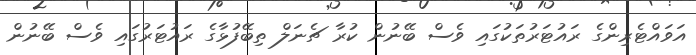
އަވައްޓެރިންގެ ރައުޓަރުތަކުގައި ވެސް ބޭނުން ކުރާ ޗެނަލް ތިބޭފުޅާގެ ރައުޓަރުގައި ވެސް ބޭނުން